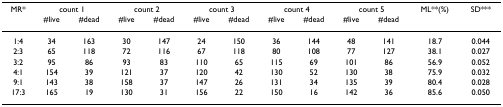
| MR* | <COLSPAN=2> count 1 | <COLSPAN=2> count 2 | <COLSPAN=2> count 3 | <COLSPAN=2> count 4 | <COLSPAN=2> count 5 | ML**(%) | SD*** |
 |  | #live | #dead | #live | #dead | #live | #dead | #live | #dead | #live | #dead |  |  |
 | --- | --- | --- | --- | --- | --- | --- | --- | --- | --- | --- | --- | --- |
 | 1:4 | 34 | 163 | 30 | 147 | 24 | 150 | 36 | 144 | 48 | 141 | 18.7 | 0.044 |
 | 2:3 | 65 | 118 | 72 | 116 | 67 | 118 | 80 | 108 | 77 | 127 | 38.1 | 0.027 |
 | 3:2 | 95 | 86 | 93 | 83 | 110 | 65 | 115 | 69 | 101 | 86 | 56.9 | 0.052 |
 | 4:1 | 154 | 39 | 121 | 37 | 120 | 42 | 130 | 52 | 130 | 38 | 75.9 | 0.032 |
 | 9:1 | 143 | 38 | 158 | 37 | 147 | 26 | 131 | 34 | 135 | 39 | 80.4 | 0.028 |
 | 17:3 | 165 | 19 | 130 | 31 | 156 | 22 | 150 | 16 | 142 | 36 | 85.6 | 0.050 |